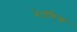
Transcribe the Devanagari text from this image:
रेटॉरिक